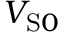
V _ { \mathrm { S } 0 }